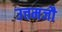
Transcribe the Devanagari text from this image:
उत्तमजौ